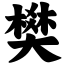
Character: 樊